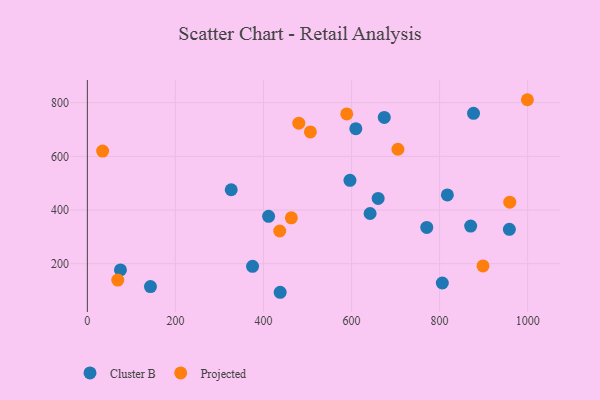
{"axis": {"x": "Study Hours", "y": "Demand"}, "legend": ["Cluster B", "Projected"], "data": [{"x": "143.3", "y": 114.5, "type": "Cluster B"}, {"x": "596.4", "y": 510.7, "type": "Cluster B"}, {"x": "958.4", "y": 327.9, "type": "Cluster B"}, {"x": "642.1", "y": 386.9, "type": "Cluster B"}, {"x": "817.6", "y": 456.1, "type": "Cluster B"}, {"x": "806.1", "y": 127.8, "type": "Cluster B"}, {"x": "660.4", "y": 443.3, "type": "Cluster B"}, {"x": "674.3", "y": 745.0, "type": "Cluster B"}, {"x": "75.2", "y": 176.6, "type": "Cluster B"}, {"x": "870.5", "y": 340.2, "type": "Cluster B"}, {"x": "375.2", "y": 190.1, "type": "Cluster B"}, {"x": "770.8", "y": 335.1, "type": "Cluster B"}, {"x": "411.6", "y": 376.5, "type": "Cluster B"}, {"x": "877.0", "y": 760.4, "type": "Cluster B"}, {"x": "609.7", "y": 703.0, "type": "Cluster B"}, {"x": "326.7", "y": 475.5, "type": "Cluster B"}, {"x": "437.9", "y": 93.3, "type": "Cluster B"}, {"x": "506.5", "y": 691.0, "type": "Projected"}, {"x": "69.1", "y": 138.6, "type": "Projected"}, {"x": "959.3", "y": 429.2, "type": "Projected"}, {"x": "463.3", "y": 370.8, "type": "Projected"}, {"x": "705.3", "y": 626.4, "type": "Projected"}, {"x": "999.3", "y": 811.1, "type": "Projected"}, {"x": "34.7", "y": 619.6, "type": "Projected"}, {"x": "898.5", "y": 191.5, "type": "Projected"}, {"x": "436.9", "y": 321.8, "type": "Projected"}, {"x": "589.1", "y": 758.3, "type": "Projected"}, {"x": "480.2", "y": 723.7, "type": "Projected"}]}